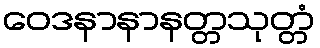
ဝေဒနာနာနတ္တသုတ္တံ